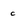
Character: c